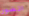
اتضور